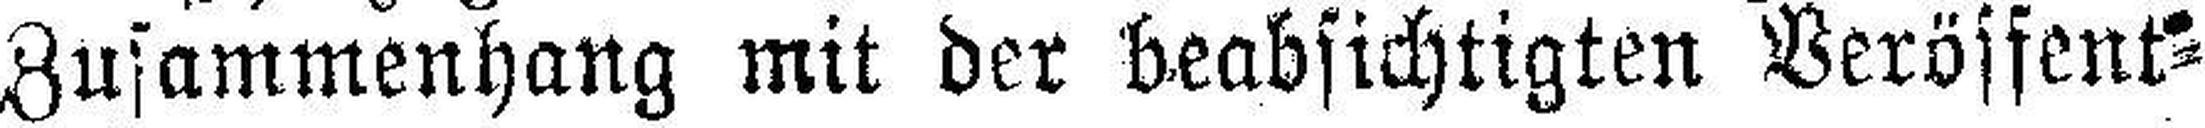
Zusammenhang mit der beabsichtigten Veröffent¬